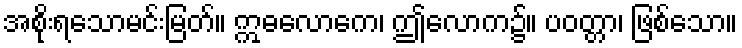
အစိုးရသောမင်းမြတ်။ ဣဓလောကေ၊ ဤလောက၌။ ပဝတ္တာ၊ ဖြစ်သော။